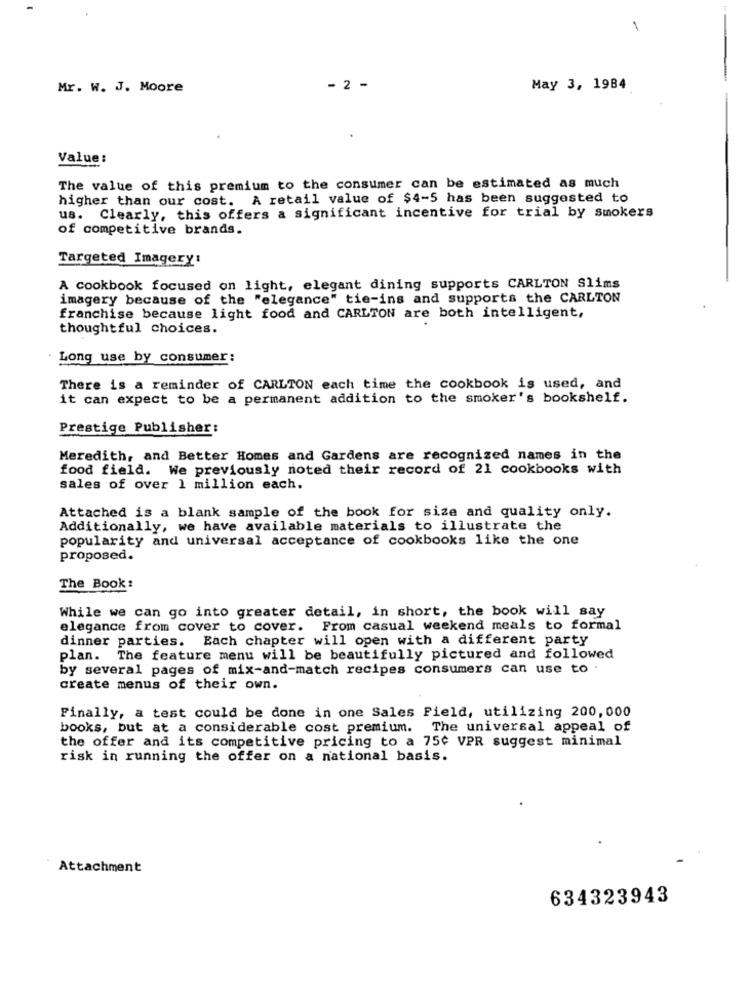
Mr. W. J. Moore
- 2 -
May 3, 1984
Value:
The value of this premium to the consumer can be estimated as much
higher than our cost. A retail value of $4-5 has been suggested to
us. Clearly, this offers a significant incentive for trial by smokers
of competitive brands.
Targeted Imagery:
A cookbook focused on light, elegant dining supports CARLTON Slims
imagery because of the "elegance" tie-ins and supports the CARLTON
franchise because light food and CARLTON are both intelligent,
thoughtful choices.
Long use by consumer:
There is a reminder of CARLTON each time the cookbook is used, and
it can expect to be a permanent addition to the smoker's bookshelf.
Prestige Publisher:
Meredith, and Better Homes and Gardens are recognized names in the
food field. We previously noted their record of 21 cookbooks with
sales of over 1 million each.
Attached is a blank sample of the book for size and quality only.
Additionally, we have available materials to illustrate the
popularity and universal acceptance of cookbooks like the one
proposed.
The Book :
While we can go into greater detail, in short, the book will say
elegance from cover to cover. From casual weekend meals to formal
dinner parties. Each chapter will open with a different party
plan. The feature menu will be beautifully pictured and followed
by several pages of mix-and-match recipes consumers can use to .
create menus of their own.
Finally, a test could be done in one Sales Field, utilizing 200,000
books, but at a considerable cost premium. The universal appeal of
the offer and its competitive pricing to a 75¢ VPR suggest minimal
risk in running the offer on a national basis.
Attachment
634323943